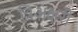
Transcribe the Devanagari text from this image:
त्रिअक्षरी